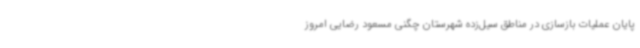
پایان عملیات بازسازی در مناطق سیل‌زده شهرستان چگنی مسعود رضایی امروز